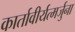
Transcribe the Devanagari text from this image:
कार्तावीर्यत्मर्जुना